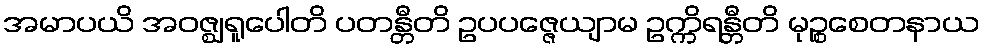
အမာပယိ အဝဇ္ဈရူပေါတိ ပတန္တီတိ ဥပပဇ္ဇေယျာမ ဥက္ကိရန္တီတိ မုဉ္စစေတနာယ